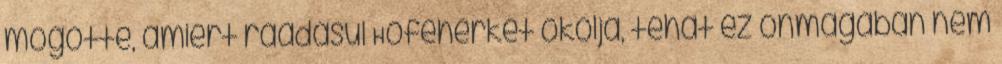
mögötte, amiért ráadásul Hófehérkét okolja, tehát ez önmagában nem